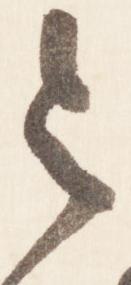
令